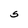
Character: 5